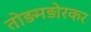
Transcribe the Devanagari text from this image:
तोड़मड़ोरकर